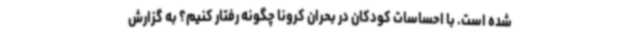
شده است. با احساسات کودکان در بحران کرونا چگونه رفتار کنیم؟ به گزارش